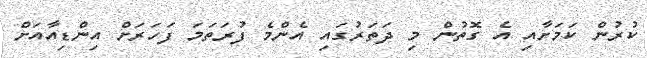
ކުރުން ކަމަށާއި އެ ގޮތުން މި ދަތަރުގައި އެންމެ ފުރަތަމަ ފަހަރަށް އިންޑިއާއަށް